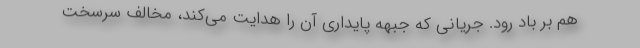
هم بر باد رود. جریانی که جبهه پایداری آن را هدایت می‌کند، مخالف سرسخت